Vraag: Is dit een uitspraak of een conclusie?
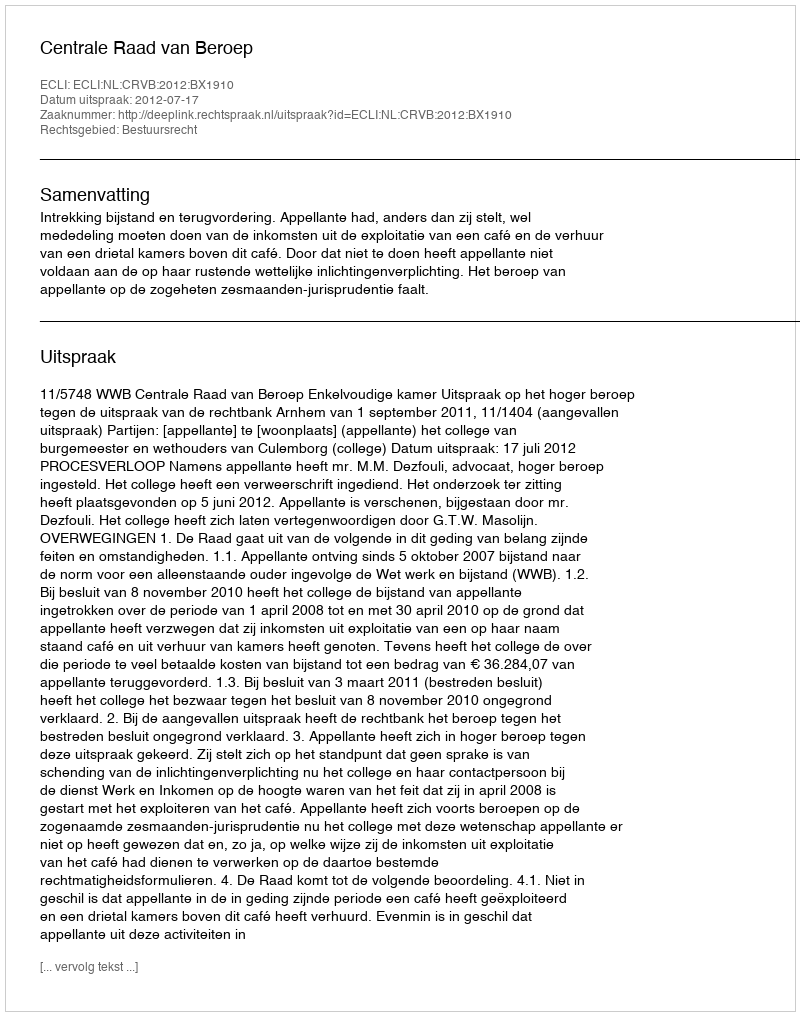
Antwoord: Uitspraak